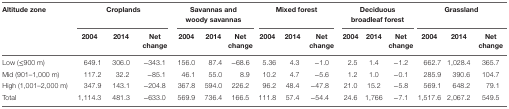
| <ROWSPAN=2> Altitude zone | <COLSPAN=3> Croplands | <COLSPAN=3> Savannas and woody savannas | <COLSPAN=3> Mixed forest | <COLSPAN=3> Deciduous broadleaf forest | <COLSPAN=3> Grassland |
 | 2004 | 2014 | Net change | 2004 | 2014 | Net change | 2004 | 2014 | Net change | 2004 | 2014 | Net change | 2004 | 2014 | Net change |
 | --- | --- | --- | --- | --- | --- | --- | --- | --- | --- | --- | --- | --- | --- | --- | --- |
 | Low (≤900 m) | 649.1 | 306.0 | −343.1 | 156.0 | 87.4 | −68.6 | 5.36 | 4.3 | −1.0 | 2.5 | 1.4 | −1.2 | 662.7 | 1,028.4 | 365.7 |
 | Mid (901–1,000 m) | 117.2 | 32.2 | −85.1 | 46.1 | 55.0 | 8.9 | 10.2 | 4.7 | −5.6 | 1.2 | 1.0 | −0.1 | 285.9 | 390.6 | 104.7 |
 | High (1,001–2,000 m) | 347.9 | 143.1 | −204.8 | 367.8 | 594.0 | 226.2 | 96.2 | 48.4 | −47.8 | 21.0 | 15.2 | −5.8 | 569.1 | 648.2 | 79.1 |
 | Total | 1,114.3 | 481.3 | −633.0 | 569.9 | 736.4 | 166.5 | 111.8 | 57.4 | −54.4 | 24.6 | 1,766 | −7.1 | 1,517.6 | 2,067.2 | 549.5 |